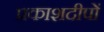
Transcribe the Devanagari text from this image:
प्रकाशदीपों